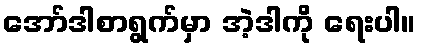
အော်ဒါစာရွက်မှာ အဲ့ဒါကို ရေးပါ။